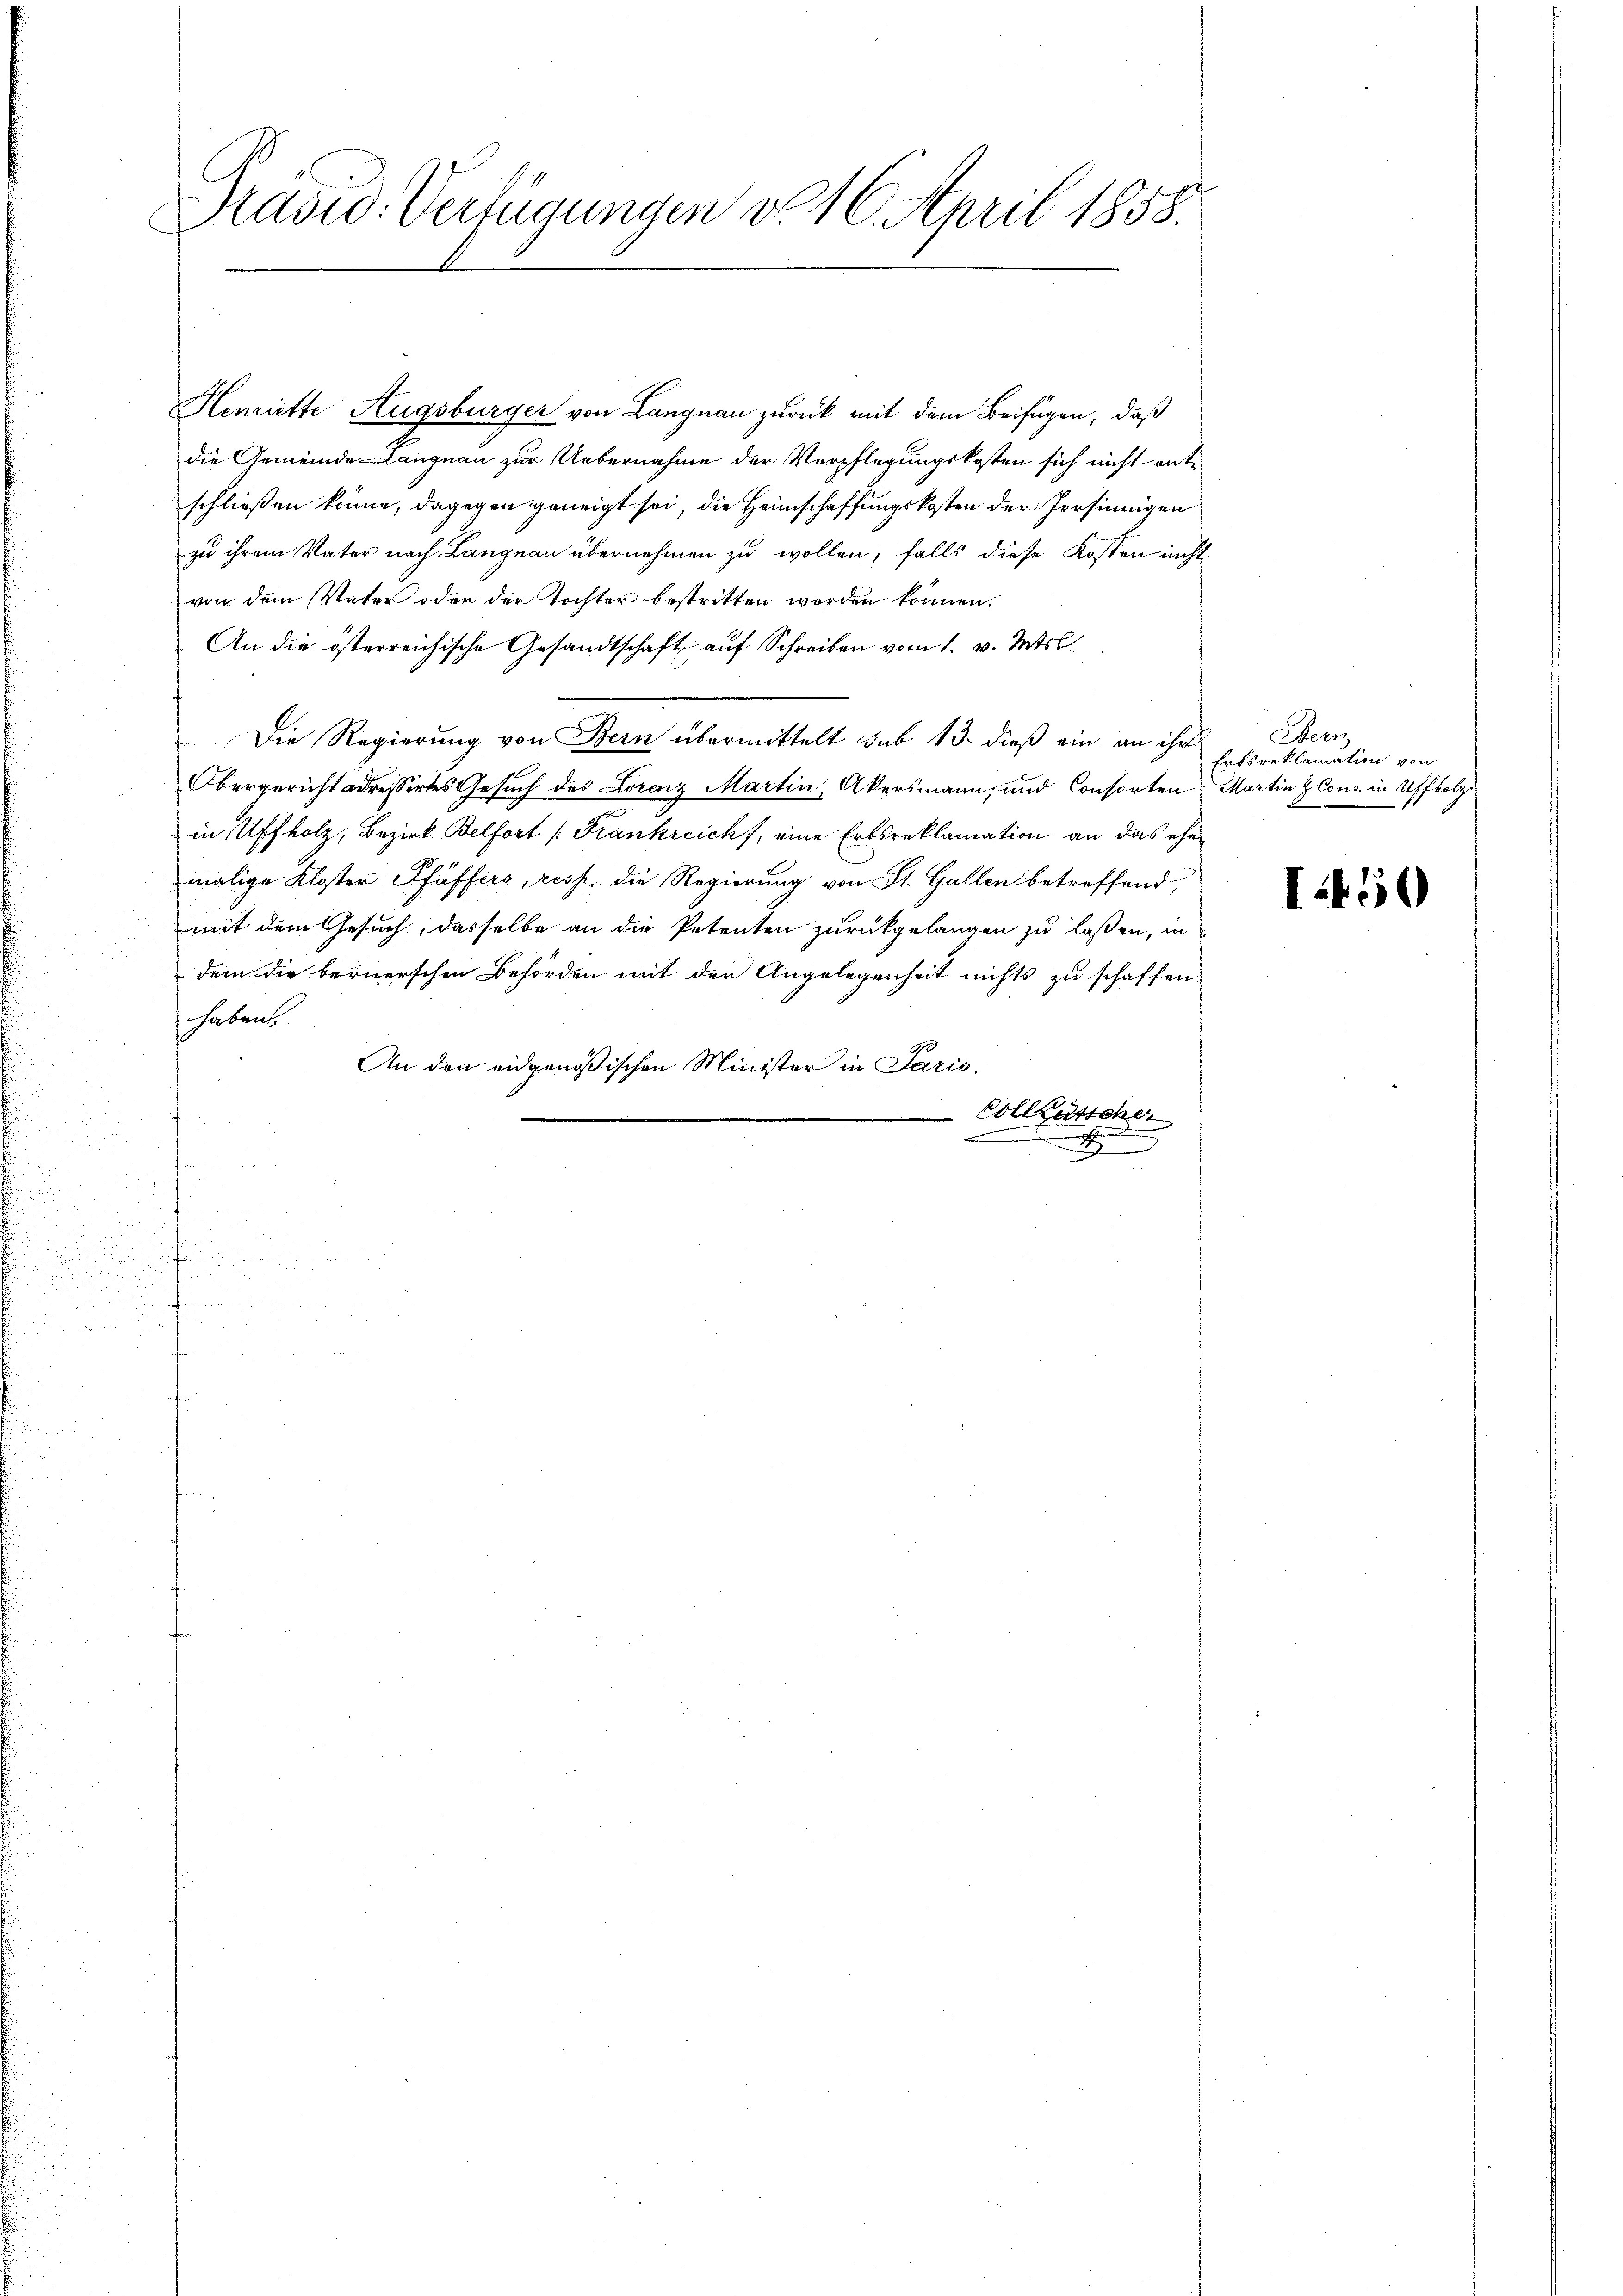
Prasio. Verfügungen d. 16. April 1858.

Henriette Augsburger von Langnau zurück mit dem Beifügen, daß
die Gemeinde Langnau zur Uebernahme der Verpflegungskosten sich nicht entschließen könne, dagegen geneigt sei, die Heimschaffungskosten der Persinnigen
zu ihrem Vater nach Langnau übernehmen zu wollen, falls diese Kosten nicht
von dem Vater oder der Tochter bestritten worden können.
An die österreichische Gesandtschaft auf Schreiben vom 1. v. Mts.
Die Regierung von Bern übermittelt sub 13. dieß ein an ihr
Obergericht adressirtes Gesuch des Lorenz Martin, Akersmann, und Consorten
in Affholz, Bezirk Belfort [Frankreichf, eine Erbsreklamation an das ehen
malige Kloster Pfäffers, resp. die Regierung von St. Gallen betreffend,
mit dem Gesuch, dasselbe an die Petenten zurückgelangen zu laßen, in
dem die bernerschen Behörden mit der Angelegenheit nichts zu schaffen,
habens
An den eidgenössischen Minister in Paris.
Vollkutscher

.

Herz
Ertsreklamation von
Martin Cons. in Affholz

I.450